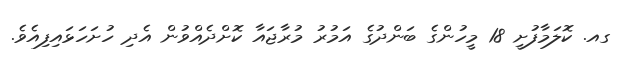
ގއ. ކޮލަމާފުށީ 18 މީހުންގެ ބަންދުގެ އަމުރު މުރާޖައާ ކޮށްދެއްވުން އެދި ހުށަހަޅައިފިއެވެ.